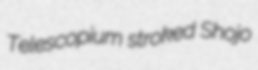
Telescopium stroked Shojo